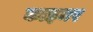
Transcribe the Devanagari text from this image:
काइमर